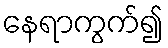
နေရာကွက်၍